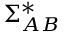
\Sigma _ { A B } ^ { * }